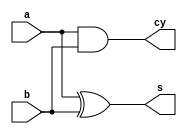
`timescale 1ns / 1ps
module halfadder_beh(
    input a,b,
    output s,cy
    );
    
 assign s=a ^b;
 assign cy=a & b;
endmodule